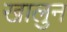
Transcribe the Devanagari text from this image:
खालुन